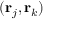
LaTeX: ( \mathbf { r } _ { j } , \mathbf { r } _ { k } )